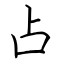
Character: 占